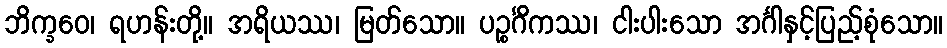
ဘိက္ခဝေ၊ ရဟန်းတို့။ အရိယဿ၊ မြတ်သော။ ပဉ္စင်္ဂိကဿ၊ ငါးပါးသော အင်္ဂါနှင့်ပြည့်စုံသော။